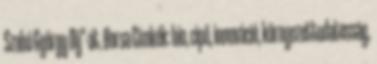
Szabó György Díj"-át. Borsa Címkék: bio, cipő, innováció, környezettudatosság,